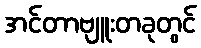
အင်တာဗျူးတခုတွင်